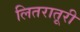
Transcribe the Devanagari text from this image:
लितरातूरी